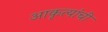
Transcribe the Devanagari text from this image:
आकृत्यांची